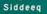
siddeeq